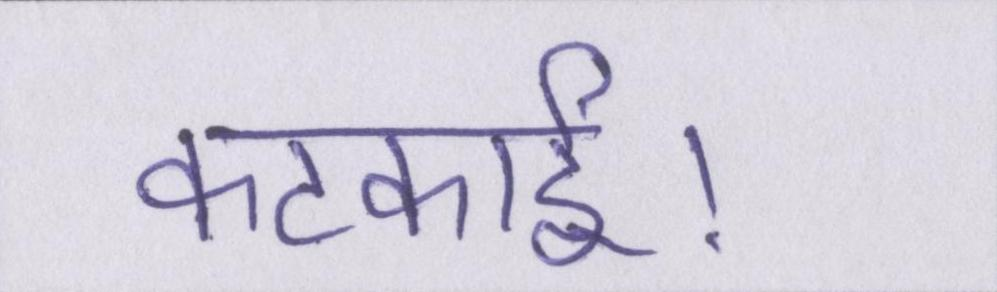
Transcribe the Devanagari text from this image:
कटकाई।